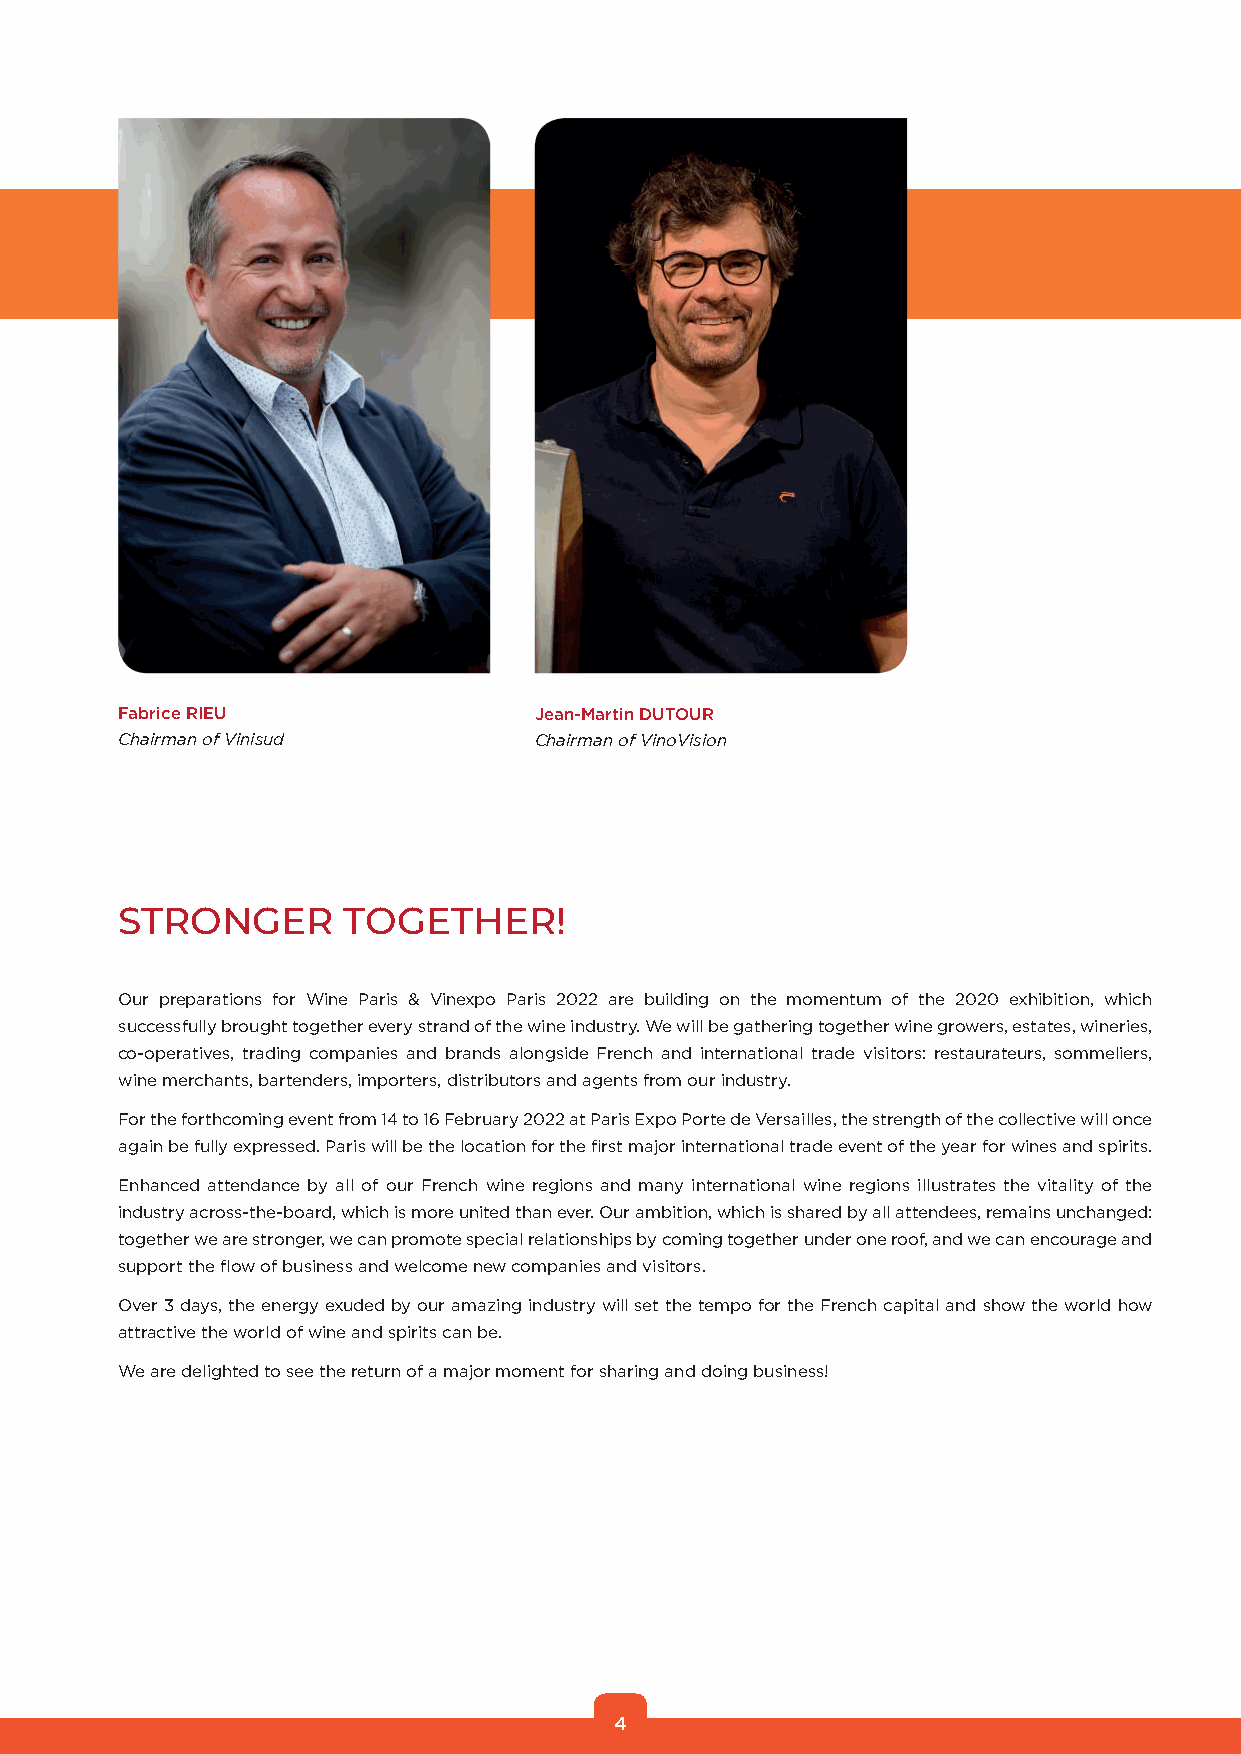
Fabrice RIEU               Jean-Martin DUTOUR
 Chairman of Vinisud        Chairman of VinoVision
 STRONGER       TOGETHER!
 Our preparations for Wine Paris & Vinexpo Paris 2022 are building on the momentum of the 2020 exhibition, which
 successfully brought together every strand of the wine industry. We will be gathering together wine growers, estates, wineries,
 co-operatives, trading companies and brands alongside French and international trade visitors: restaurateurs, sommeliers,
 wine merchants, bartenders, importers, distributors and agents from our industry.
 For the forthcoming event from 14 to 16 February 2022 at Paris Expo Porte de Versailles, the strength of the collective will once
 again be fully expressed. Paris will be the location for the first major international trade event of the year for wines and spirits.
 Enhanced attendance by all of our French wine regions and many international wine regions illustrates the vitality of the
 industry across-the-board, which is more united than ever. Our ambition, which is shared by all attendees, remains unchanged:
 together we are stronger, we can promote special relationships by coming together under one roof, and we can encourage and
 support the flow of business and welcome new companies and visitors.
 Over 3 days, the energy exuded by our amazing industry will set the tempo for the French capital and show the world how
 attractive the world of wine and spirits can be.
 We are delighted to see the return of a major moment for sharing and doing business!
 4